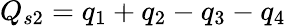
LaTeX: Q_{s2}=q_{1}+q_{2}-q_{3}-q_{4}